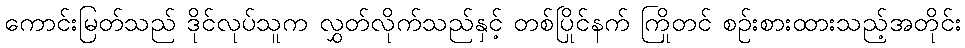
ကောင်းမြတ်သည် ဒိုင်လုပ်သူက လွှတ်လိုက်သည်နှင့် တစ်ပြိုင်နက် ကြိုတင် စဉ်းစားထားသည့်အတိုင်း